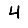
Digit: 4